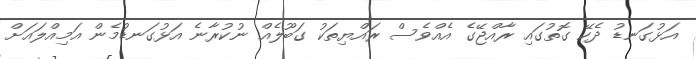
އަޅުގަނޑު ދެކޭ ގޮތުގައި ރާއްޖޭގެ އެއްވެސް ރައްޔިތަކު ގަބޫލެއް ނުކުރާނެ އަޅުގަނޑުމެން އަމިއްލައަށް